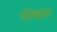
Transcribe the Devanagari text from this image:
दोव्हल